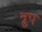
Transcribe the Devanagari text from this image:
त्रुप